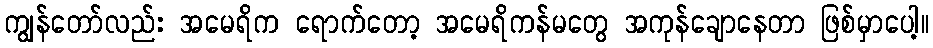
ကျွန်တော်လည်း အမေရိက ရောက်တော့ အမေရိကန်မတွေ အကုန်ချောနေတာ ဖြစ်မှာပေါ့။